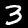
Digit: 3